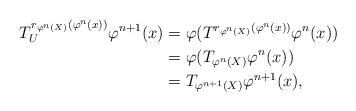
LaTeX: \begin{align*}T_U^{r_{\varphi^{n}(X)}(\varphi^n(x))} \varphi^{n+1} (x) & = \varphi (T^{r_{\varphi^{n}(X)}(\varphi^n(x))} \varphi^{n} (x) )\\& = \varphi (T_{\varphi^{n}(X)} \varphi^{n} (x))\\& = T_{\varphi^{n+1}(X)} \varphi^{n+1} (x),\end{align*}